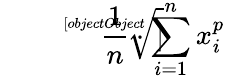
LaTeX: \sqrt[[objectObject]]{{\frac{1}{n}}\cdot\sum_{i=1}^{n}x_{i}^{p}}